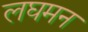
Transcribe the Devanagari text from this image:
लघमन